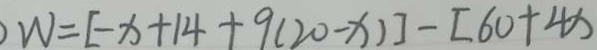
W = [ - x + 1 4 + 9 ( 2 0 - x ) ] - [ 6 0 + 4 x